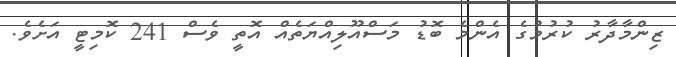
ޒިންމާދާރު ކުރުމުގެ އެންމެ ބޮޑު މަސްއޫލިއްޔަތެއް އޮތީ ވެސް 241 ކޮމިޓީ އަށެވެ.